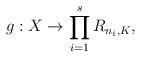
LaTeX: \begin{align*}g : X \to \prod_{i=1}^s R_{n_i,K},\end{align*}